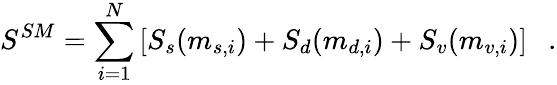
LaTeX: S^{SM}=\sum_{i=1}^{N}\left[S_{s}(m_{s,i})+S_{d}(m_{d,i})+S_{v}(m_{v,i})\right]~~~.